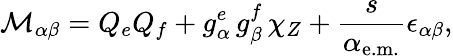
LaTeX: {\cal M}_{\alpha\beta}=Q_{e}Q_{f}+g_{\alpha}^{e}\, g_{\beta}^{f}\, \chi_{Z}+\frac{s}{\alpha_{\mathrm{e.m.}}}\epsilon_{\alpha\beta},